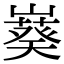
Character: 𫶙